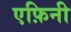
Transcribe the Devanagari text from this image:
एफ़िनी